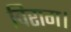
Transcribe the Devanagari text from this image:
विराग।